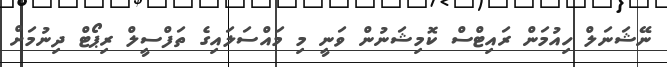
ނޭޝަނަލް ހިއުމަން ރައިޓްސް ކޮމިޝަނުން ވަނީ މި މައްސަލައިގެ ތަފްސީލް ރިޕޯޓް ދިނުމަށް